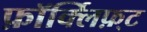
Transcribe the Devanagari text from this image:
फ़ॉर्क्लिफ़्ट